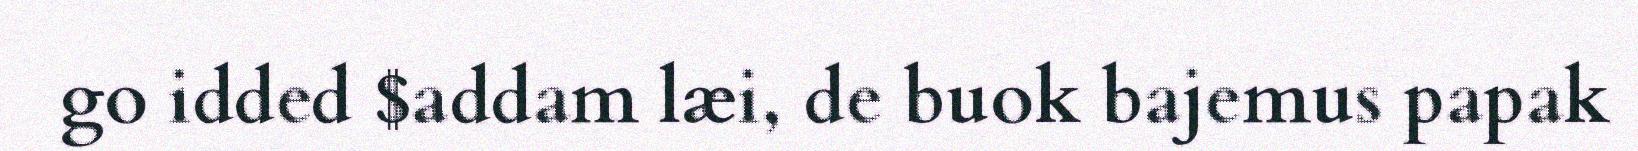
go idded $addam læi, de buok bajemus papak